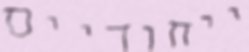
ייחודיים